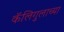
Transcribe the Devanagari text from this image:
कॅलिगुलाच्या